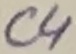
Text: C4